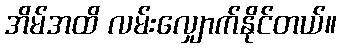
အိမ်အထိ လမ်းလျှောက်နိုင်တယ်။